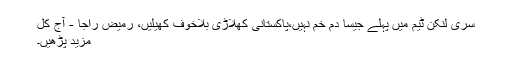
سری لنکن ٹیم میں پہلے جیسا دم خم نہیں،پاکستانی کھلاڑی بلاخوف کھیلیں، رمیض راجا - آج کل
مزید پڑھیں۔